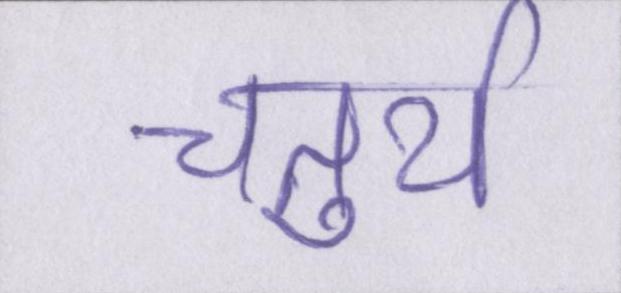
चतुर्थ